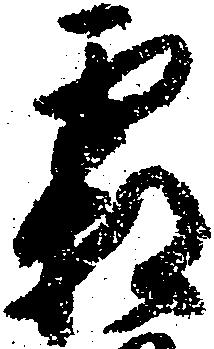
霜